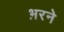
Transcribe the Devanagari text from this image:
भ़रने